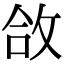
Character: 㪉